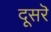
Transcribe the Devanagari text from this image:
दूसरॆ